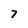
Character: 7